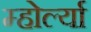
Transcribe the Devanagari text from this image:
म्होर्ल्या